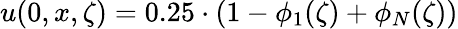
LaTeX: u(0,x,\zeta)=0.25\cdot(1-\phi_{1}(\zeta)+\phi_{N}(\zeta))